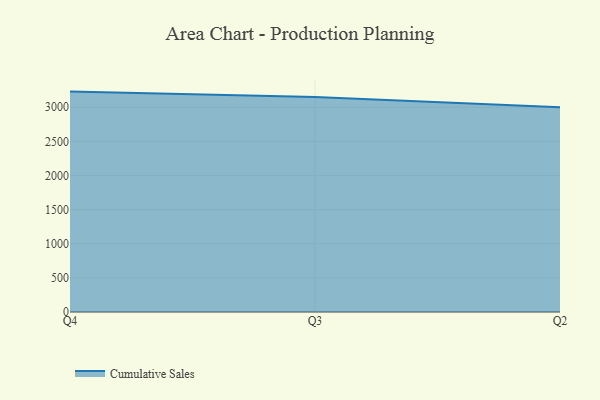
{"axis": {"x": "Quarter", "y": "Revenue (USD Million)"}, "legend": ["Cumulative Sales"], "data": [{"x": "Q4", "y": 3228.8, "type": "Cumulative Sales"}, {"x": "Q3", "y": 3149.2, "type": "Cumulative Sales"}, {"x": "Q2", "y": 3001.2, "type": "Cumulative Sales"}]}